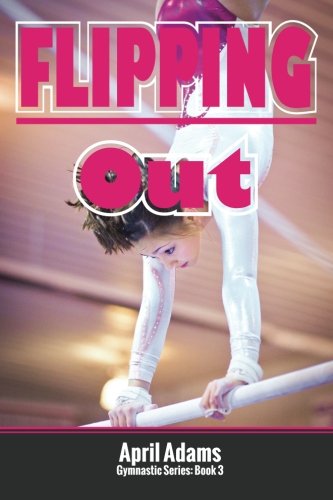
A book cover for Flipping Out: The Gymnastics Series #3; April Adams; Sports & Outdoors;